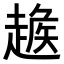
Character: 𧼵